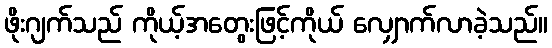
ဖိုးဂျက်သည် ကိုယ့်အတွေးဖြင့်ကိုယ် လျှောက်လာခဲ့သည်။